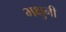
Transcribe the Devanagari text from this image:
भक्षुनी